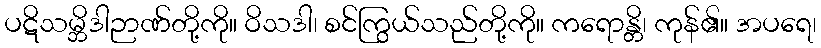
ပဋိသမ္ဘိဒါဉာဏ်တို့ကို။ ဝိသဒါ၊ စင်ကြွယ်သည်တို့ကို။ ကရောန္တိ၊ ကုန်၏။ အပရေ၊